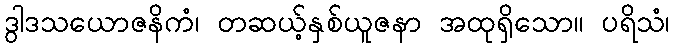
ဒွါဒသယောဇနိကံ၊ တဆယ့်နှစ်ယူဇနာ အထုရှိသော။ ပရိသံ၊